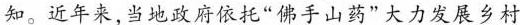
知。近年来，当地政府依托”佛手山药”大力发展乡村